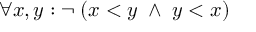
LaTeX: \forall x , y : \neg \; ( x < y \; \wedge \; y < x )